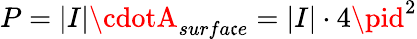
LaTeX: P=|I|\cdotA_{surfa\mathfrak{c}e}=|I|\cdot4\pid^{2}